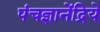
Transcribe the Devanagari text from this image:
पंचज्ञानेंद्रिये